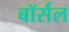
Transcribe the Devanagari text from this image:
बॉर्सल